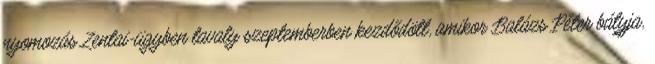
nyomozás Zentai-ügyben tavaly szeptemberben kezdődött, amikor Balázs Péter bátyja,